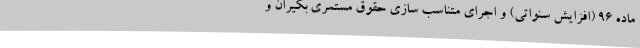
ماده ۹۶ (افزایش سنواتی) و اجرای متناسب سازی حقوق مستمری بگیران و